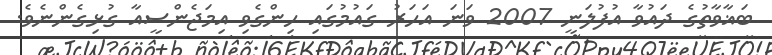
ބަޣާވާތުގެ ދައުވާ އުފުލަނީ 2007 ވަނަ އަހަރު ގައުމުގައި ހިންގެވި އިމަޖެންސީއާ ގުޅިގެންނެވެ.